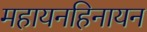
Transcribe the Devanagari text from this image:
महायनहिनायन